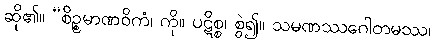
ဆို၏။ “စိဉ္စမာဏဝိကံ၊ ကို။ ပဋိစ္စ၊ စွဲ၍။ သမဏဿဂေါတမဿ၊